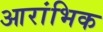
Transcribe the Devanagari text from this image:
आरांभिक